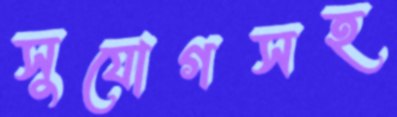
সুযোগসহ